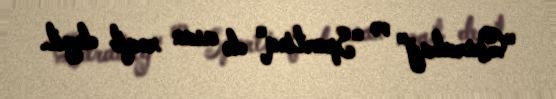
"Qarabağ" və "Sportinq" də asan rəqib deyil.